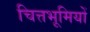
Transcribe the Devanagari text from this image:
चित्तभूमियों